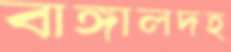
বাঙ্গালদহ